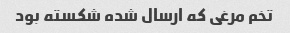
تخم مرغی که ارسال شده شکسته بود